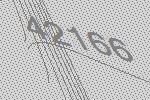
42166